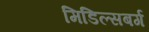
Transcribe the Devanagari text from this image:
मिडिल्सबर्ग